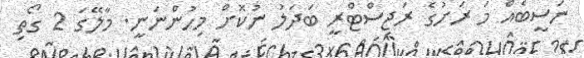
ނަސީބެއް މަ ރަށުގެ ރަޖިސްޓްރީ ބަދަލު ނުކޮށް މިހުންނަނީ. މާލޭގަ 2 ގޯތި